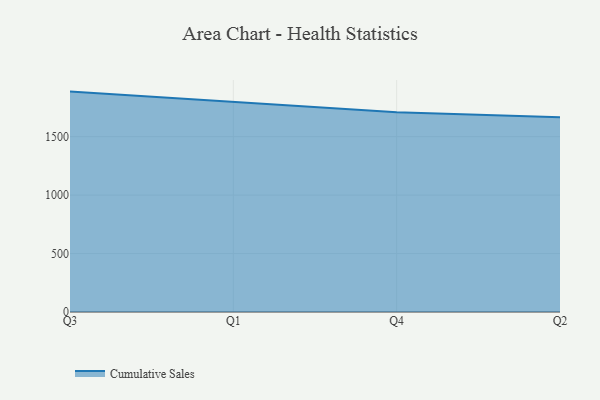
{"axis": {"x": "Quarter", "y": "Humidity (%)"}, "legend": ["Cumulative Sales"], "data": [{"x": "Q3", "y": 1885.4, "type": "Cumulative Sales"}, {"x": "Q1", "y": 1797.7, "type": "Cumulative Sales"}, {"x": "Q4", "y": 1708.7, "type": "Cumulative Sales"}, {"x": "Q2", "y": 1666.7, "type": "Cumulative Sales"}]}